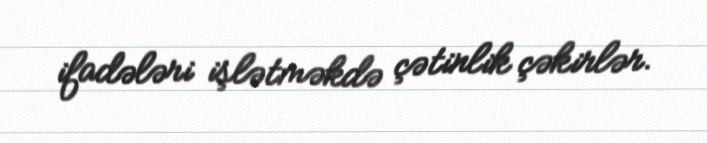
ifadələri işlətməkdə çətinlik çəkirlər.